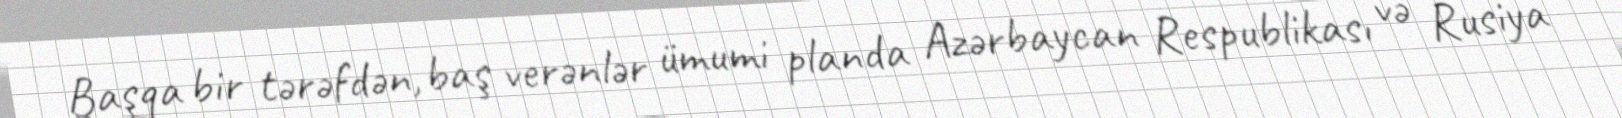
Başqa bir tərəfdən, baş verənlər ümumi planda Azərbaycan Respublikası və Rusiya